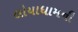
લોયાધામની